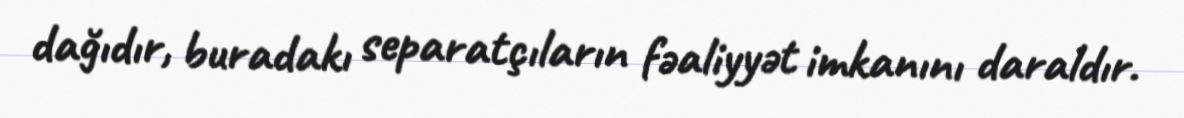
dağıdır, buradakı separatçıların fəaliyyət imkanını daraldır.